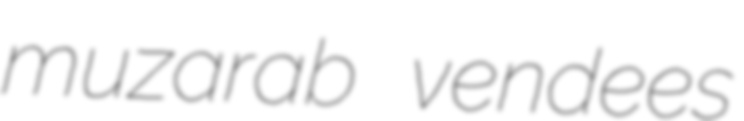
muzarab vendees